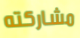
مشاركته